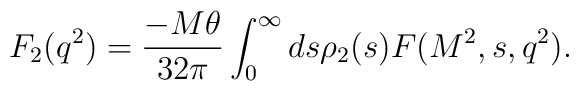
F_2(q^2)={-M\theta\over32\pi}\int_0^{\infty}ds\rho_2(s)F(M^2,s,q^2).